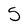
Character: 5